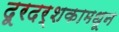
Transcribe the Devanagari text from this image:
दूरदर्शकामधून